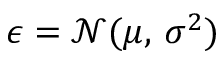
\epsilon = \mathcal { N } ( \mu , \, \sigma ^ { 2 } )